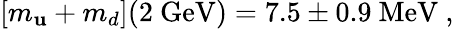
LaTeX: [m_{\mathbf{u}}+m_{d}](2\ \mathrm{{GeV}})=7.5\pm0.9\ \mathrm{{MeV}}\ ,